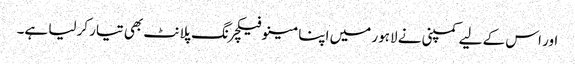
اور اس کے لیے کمپنی نے لاہور میں اپنا مینوفیکچرنگ پلانٹ بھی تیار کرلیا ہے۔